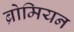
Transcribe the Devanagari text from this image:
ब्रोमियन